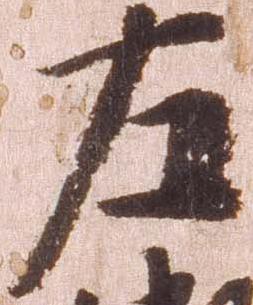
左